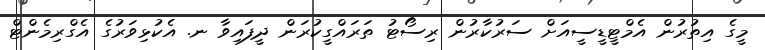
މީގެ އިތުރުން އެމްޓީޑީސީއަށް ސަރުކާރުން ރިސޯޓު ތަރައްގީކުރަން ދީފައިވާ ނ. އެކުޅިވަރުގެ އެގްރިމެންޓް